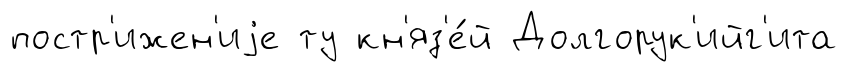
постр'ижен'иjе ту кн'яз'е́й Долгорук'ийг'ита